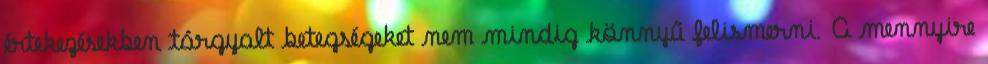
értekezésekben tárgyalt betegségeket nem mindig könnyű felismerni. A mennyire